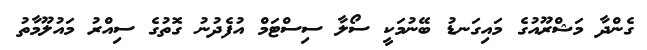
ގެންދާ މަޝްރޫއުގެ މައިގަނޑު ބޭނުމަކީ ސޯލާ ސިސްޓަމް އުފެދުނު ގޮތުގެ ސިއްރު މައުލޫމާތު